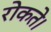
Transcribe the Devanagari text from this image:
रोकते।